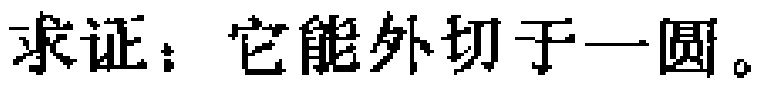
求证：它能外切于一圆。